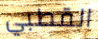
القطبي